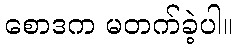
စောဒက မတက်ခဲ့ပါ။